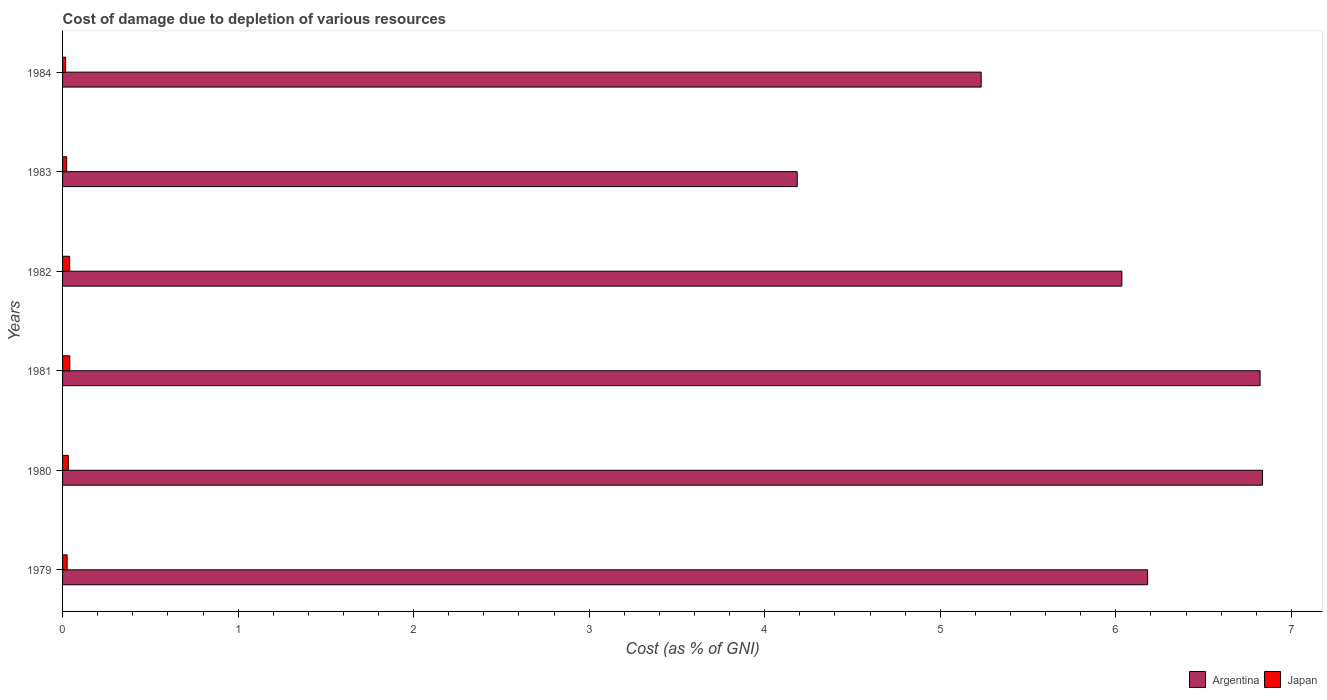
| Years | Argentina | Japan |
 | --- | --- | --- |
 | 1979 | 6.18 | 0.026 |
 | 1980 | 6.84 | 0.0326 |
 | 1981 | 6.82 | 0.0413 |
 | 1982 | 6.03 | 0.0403 |
 | 1983 | 4.19 | 0.0233 |
 | 1984 | 5.23 | 0.0174 |